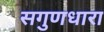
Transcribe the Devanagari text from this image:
सगुणधारा